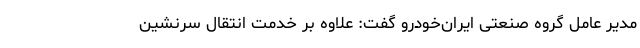
مدیر عامل گروه صنعتی ایران‌خودرو گفت: علاوه بر خدمت انتقال سرنشین